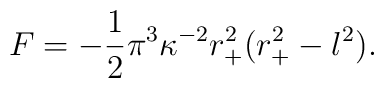
F=-\frac{1}{2}\pi^3 \kappa^{-2}r_+^2(r_+^2 -l^2).